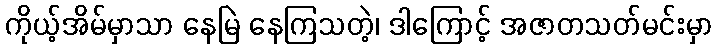
ကိုယ့်အိမ်မှာသာ နေမြဲ နေကြသတဲ့၊ ဒါကြောင့် အဇာတသတ်မင်းမှာ